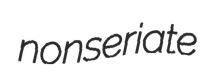
nonseriate